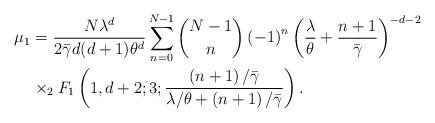
LaTeX: \begin{align*}\mu_1&=\frac{N\lambda^d}{2\bar{\gamma}d(d+1)\theta^d}\sum_{n=0}^{N-1}\binom{N-1}{n}\left(-1 \right )^n \left( \frac{\lambda}{\theta}+\frac{n+1}{\bar{\gamma}}\right )^{-d-2}\\&\times _2F_1\left(1,d+2;3;\frac{\left(n+1 \right )/\bar{\gamma}}{\lambda/\theta+\left(n+1 \right )/\bar{\gamma}} \right ).\end{align*}